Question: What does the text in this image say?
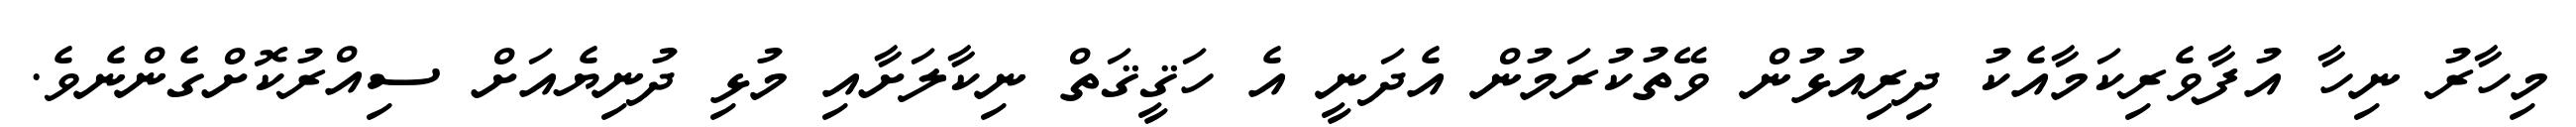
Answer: މިހާރު ނިހާ އުފާވެރިކަމާއެކު ދިރިއުޅުން ވޭތުކުރަމުން އެދަނީ އެ ހަޤީޤަތް ނިކާލަށާއި މުޅި ދުނިޔެއަށް ސިއްރުކޮށްގެންނެވެ.